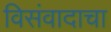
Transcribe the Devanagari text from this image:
विसंवादाचा